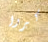
كبروا